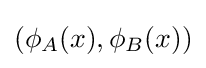
(\phi _{A}(x),\phi _{B}(x))